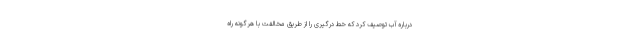
درباره آب‌ توصیف کرد که خط درگیری را از طریق مخالفت با هرگونه راه